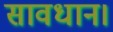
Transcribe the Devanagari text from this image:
सावधान।